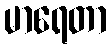
မာရေတာ